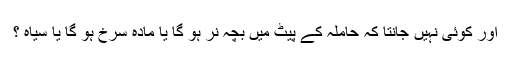
اور کوئی نہیں جانتا کہ حاملہ کے پیٹ میں بچہ نر ہو گا یا مادہ سرخ ہو گا یا سیاہ ؟